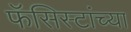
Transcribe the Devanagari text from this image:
फॅसिस्टांच्या